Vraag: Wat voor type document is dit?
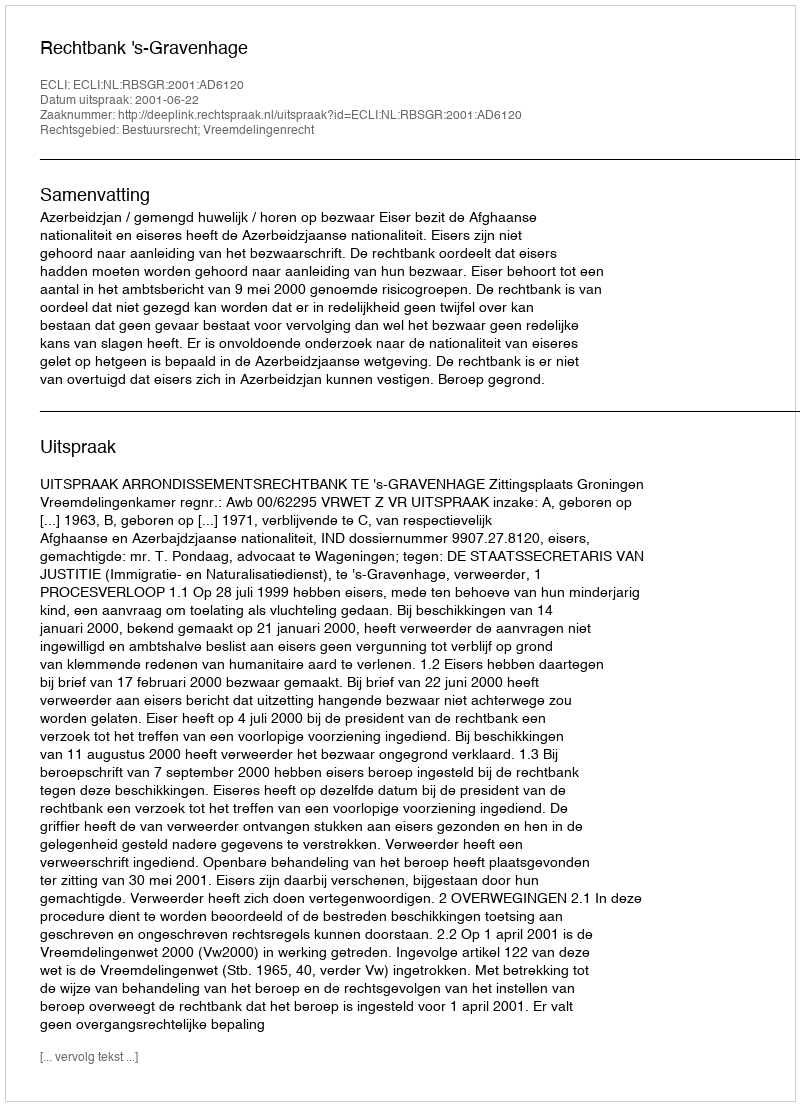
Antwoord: Uitspraak